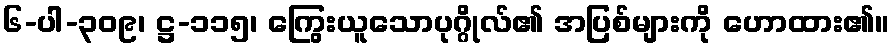
၆-ပါ-၃၀၉၊ ဋ္ဌ-၁၁၅၊ ကြွေးယူသောပုဂ္ဂိုလ်၏ အပြစ်များကို ဟောထား၏။